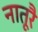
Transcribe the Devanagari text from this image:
नातूरै